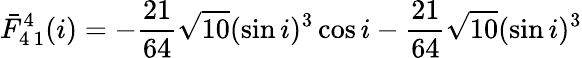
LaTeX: \bar{F}_{4\, 1}^{4}(i)=-\frac{21}{64}\sqrt{10}(\sin i)^{3}\cos i-\frac{21}{64}\sqrt{10}(\sin i)^{3}